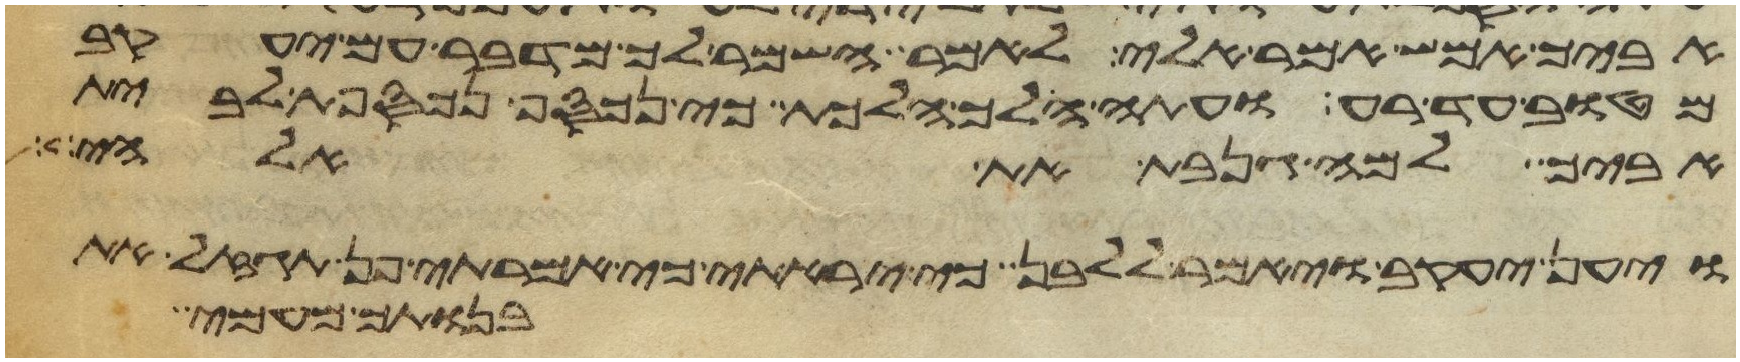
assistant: אביך אמש אמר אלי לאמר השמר לך מדבר עם יעקב
מטוב עד רע ועתה הלך הלכת כי נכסף נכספת לבית
אביך למה גנבת את אלהי
ויען יעקב ויאמר ללבן כי יראתי כי אמרתי פן תגזל את
בנותך מעמי